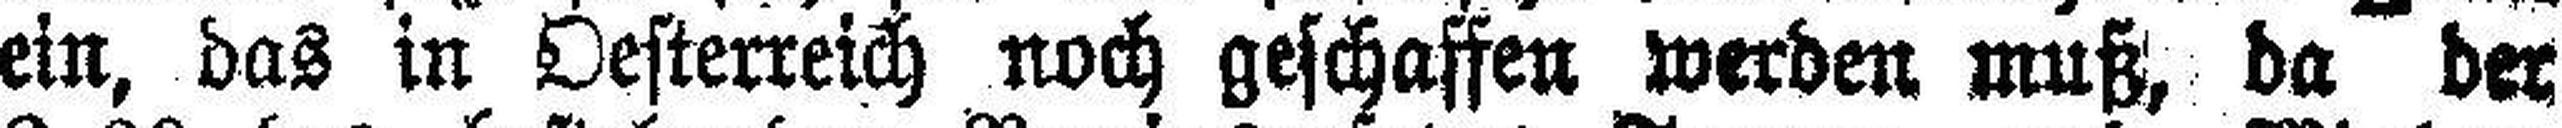
ein, das in Oesterreich noch geschaffen werden muß, da der